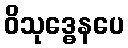
ဝိသုဒ္ဓေနပေ